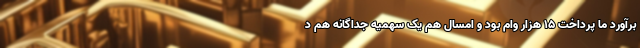
برآورد ما پرداخت ۱۵ هزار وام بود و امسال هم یک سهمیه جداگانه هم د